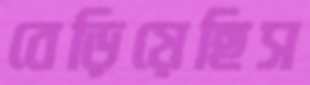
বেড়িয়েছিস